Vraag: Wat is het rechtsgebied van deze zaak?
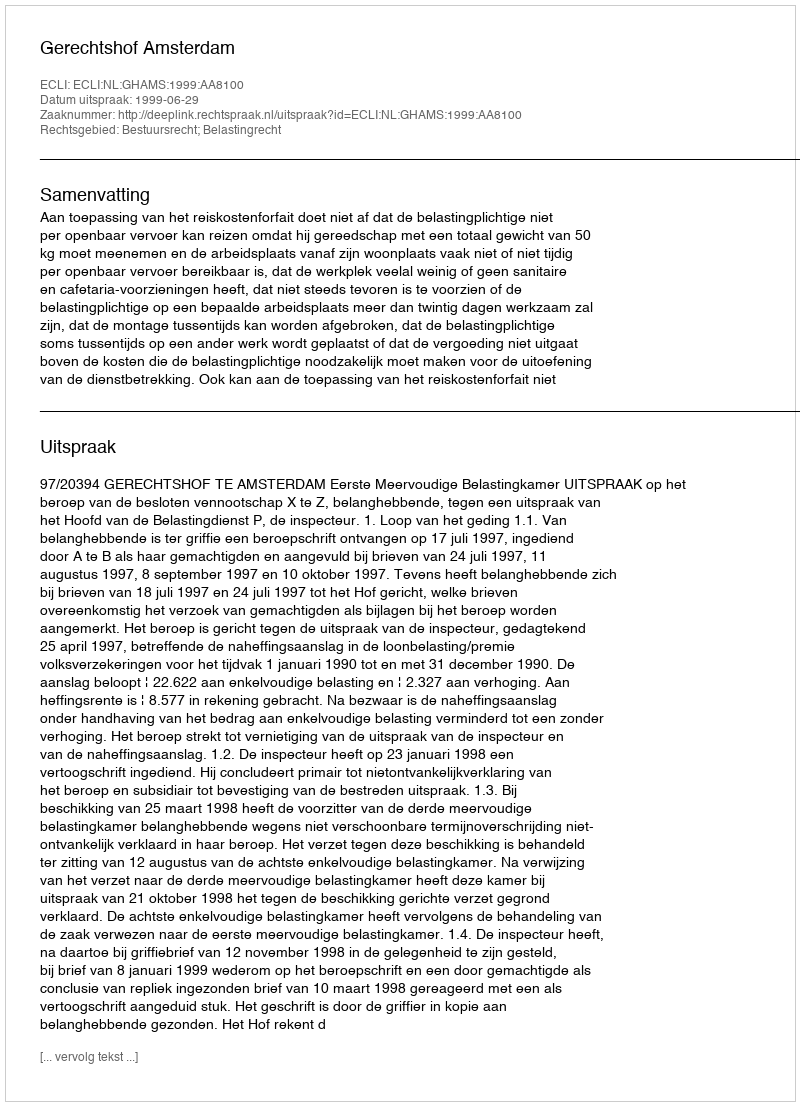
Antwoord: Bestuursrecht; Belastingrecht